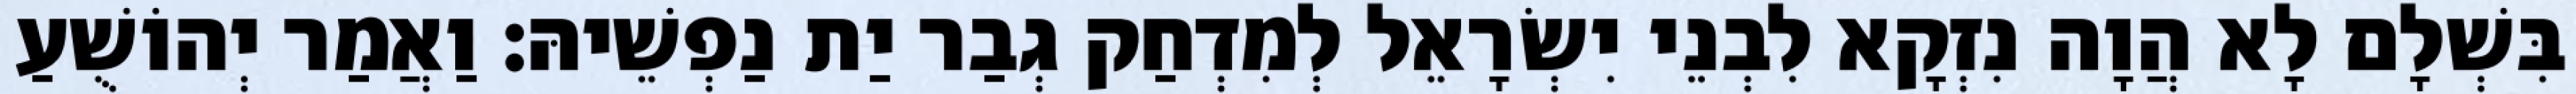
בִּשְׁלָם לָא הֲוָה נִזְקָא לִבְנֵי יִשְׂרָאֵל לְמִדְחַק גְבַר יַת נַפְשֵׁיהּ׃ וַאֲמַר יְהוֹשֻׁעַ